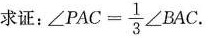
求证： $$ ∠ P A C = \frac { 1 } { 3 } ∠ B A C$$.